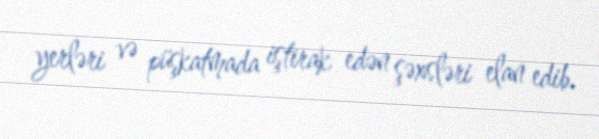
yerləri və püşkatmada iştirak edən şəxsləri elan edib.